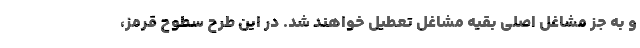
و به جز مشاغل اصلی بقیه مشاغل تعطیل خواهند شد. در این طرح سطوح قرمز،